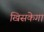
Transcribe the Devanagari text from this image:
खिसकेगा